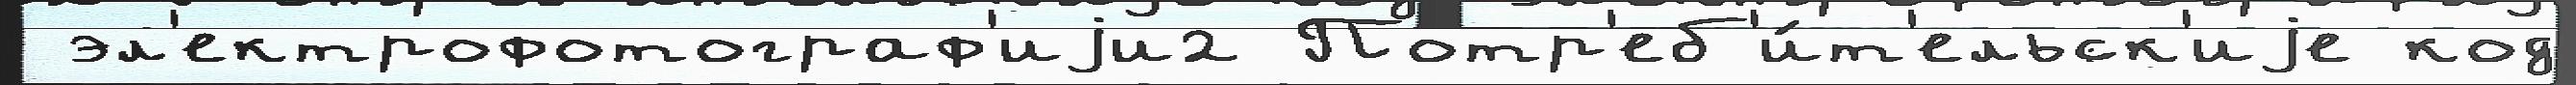
 эл'ектрофотограф'иjи2 Потр'еб'и́т'ельск'иjе код